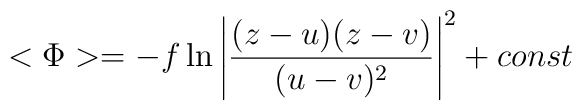
<\Phi>=-f\ln{\left|\frac{(z-u)(z-v)}{(u-v)^2}\right|^2} +const